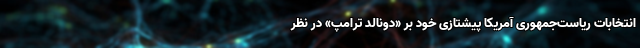
انتخابات ریاست‌جمهوری آمریکا پیشتازی خود بر «دونالد ترامپ» در نظر